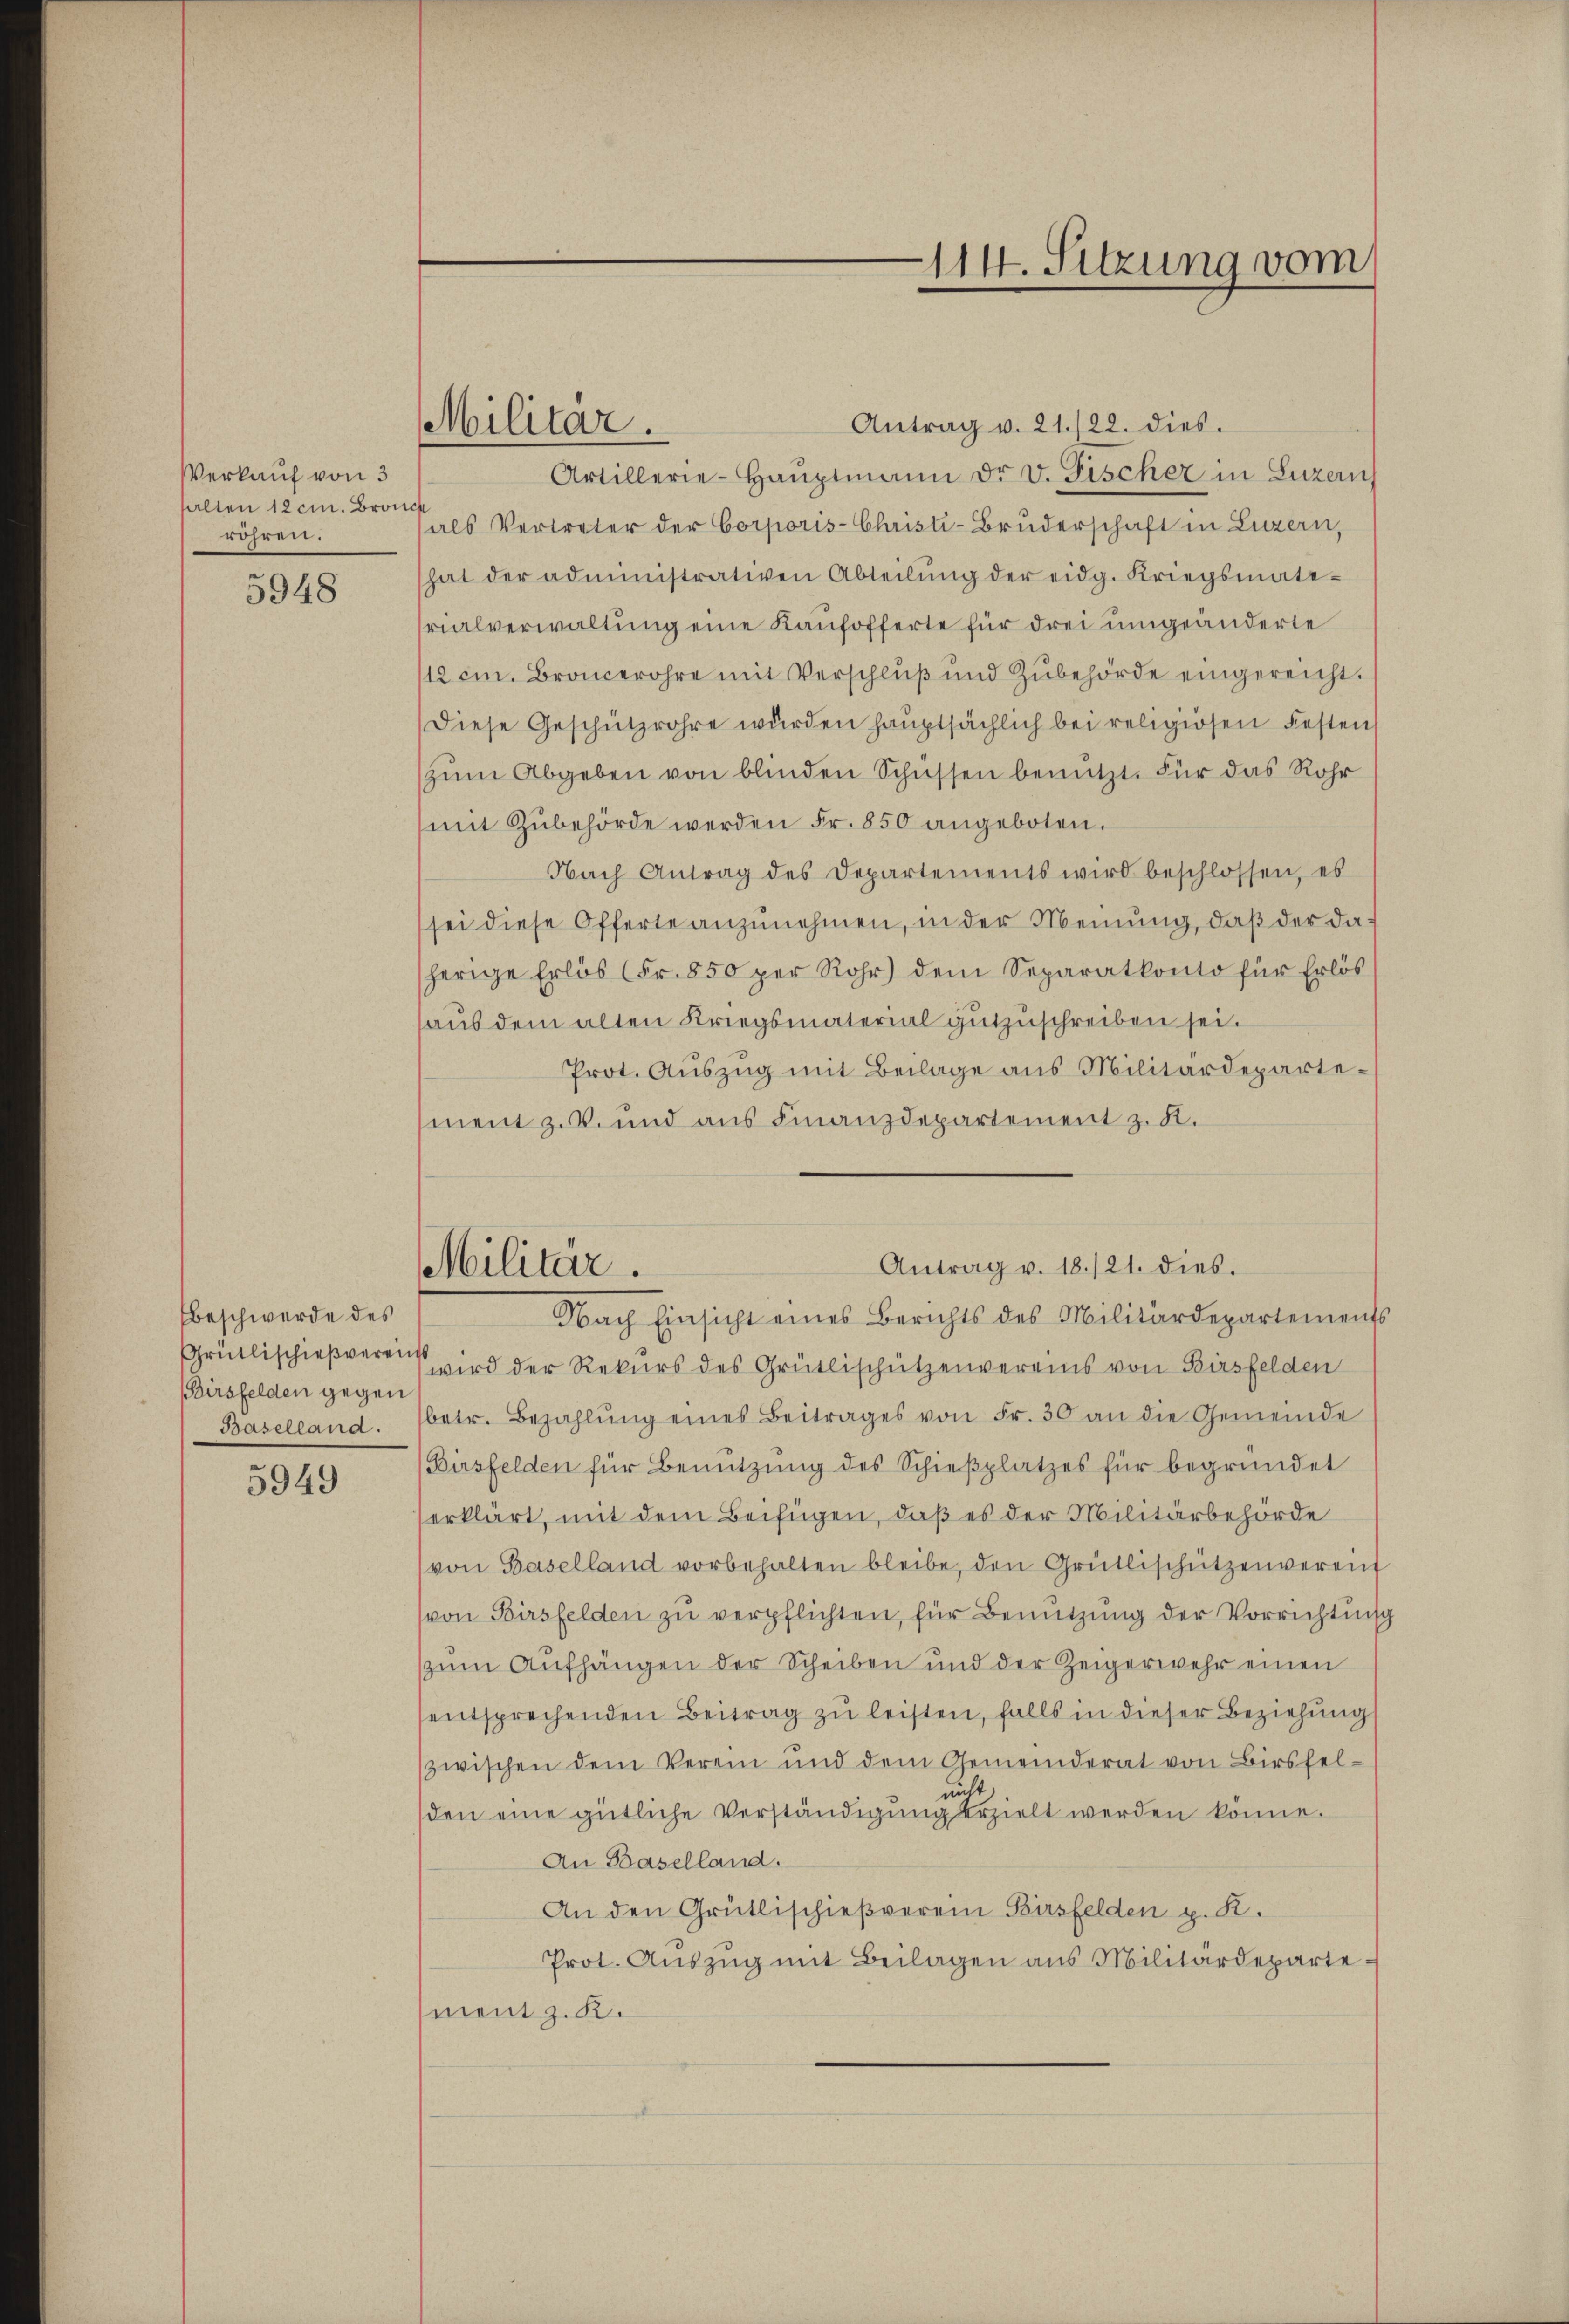
Verkauf von 3
halten 12 cin. Bronch
röhren.

5948

Beschwerde des
Birsfelden gegen
Baselland.

5949

Militär.

Antrag v. 21./22. dies.
Artillerie-Haŭptmann dr. v. Fischez in Luzern
als Vertreter der Corporis Christi-Bruderschaft in Luzern,
hat der administrativen Abteilŭng der eidg. Kriegsmate-
rialverwaltung eine Kaufofferte für drei umgeänderte
112 cm. Broncerohre mit Verschluß und Zubehörde eingereicht.
Diese Geschützröhre wurden haŭptsächlich bei religiösen Festen
zŭm Abgeben von blinden Schüssen benutzt. Für das Rohr
mit Zubehörde werden Fr. 850 angeboten.
Nach Antrag des Departements wird beschlossen, es
sei diese Offerte anzŭnehmen, in der Meinung, daß der daherige Erlös (Fr. 850 per Rohr) dem Separatkonto für Erlös
aus dem alten Kriegsmaterial gutzuschreiben sei.
Prot. Auszug mit Beilage aus Militärdepartement z. B. und aus Finanzdepartement z. B.

114. Sitzung vom

Antrag v. 18./21. dies.
Militär.
Nach Einsicht eines Berichts des Militärdepartements

Grütlischießveren wird der Rekurs des Grütlischützenvereins von Birsfelden
betr. Bezahlŭng eines Beitrages von Fr. 30 an die Gemeinde
Birsfelden für Benutzung des Schieβplatzes für begründet
erklärt, mit dem Beifügen, daß es der Militärbehörde
von Baselland vorbehalten bleibe, den Grütlischützenvereint
(von Birsfelden zu verpflichten, für Benutzung der Vorrichtung
zzum Aufhängen der Scheiben und der Zeigerwehr einen
sentsprechenden Beitrag zu leisten, falls in dieser Beziehung
zwischen dem Verein und dem Gemeinderat von Birsfelnicht
den eine gütliche Verständigung erzielt werden könne.
An Baselland.
An den Grütlischießverein Birsfelden p. K.
Prot. Aŭszŭg mit Beilagen aus Militärdepartement z. K.